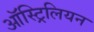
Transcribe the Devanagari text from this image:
ऑस्ट्रिलियन